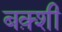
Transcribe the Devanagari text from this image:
बक़्शी